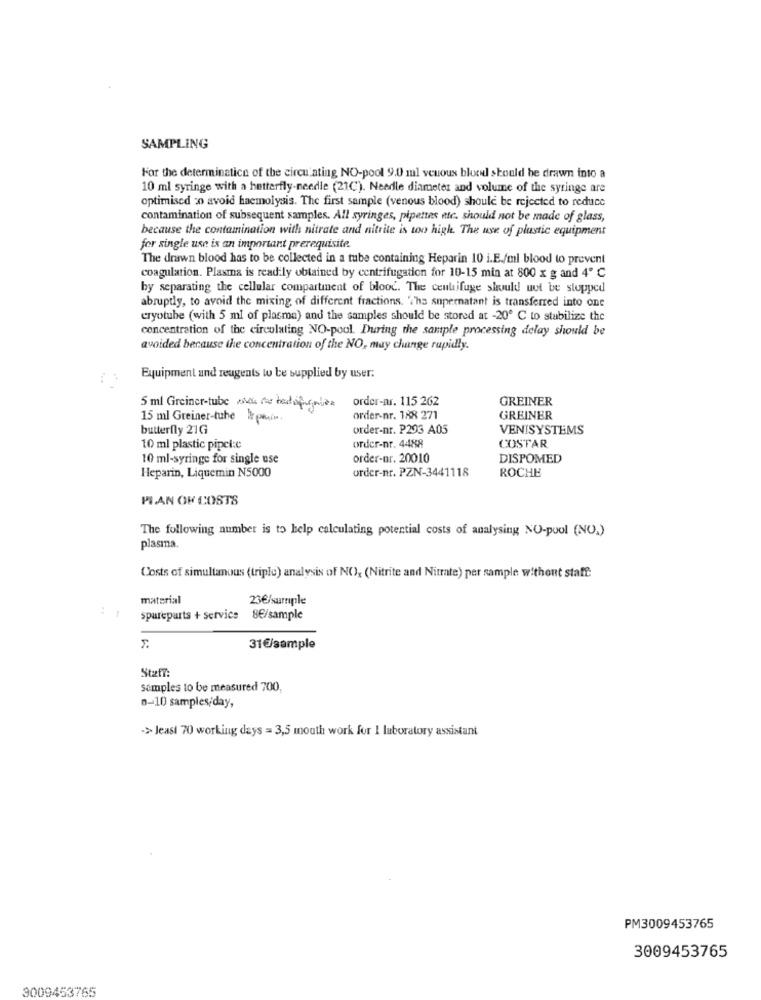
SAMPLING
For the determinatice of the circu ating NO-pool 9.0 ml venous blood should be drawn into a
10 ml syringe with a butterfly-needle (21C). Needle diameter and volume of the syringe are
optimised :0 avoid haemolysis. The first sample (venous blood) should be rejected to reduce
contamination of subsequent samples. All syringes, pipettes etc. should not be made of glass,
because the contamination with nitrate and nitrite is too high. The use of plastic equipment
for single use is an important prerequisite
The drawn blood has to be collected in a tube containing Heparin 10 i.E./ml blood to prevent
coagulation. Plasma is readily obtained by centrifugation for 10-15 min at 800 x g and 4 ℃
by separating the cellular compartment of blood. The centrifuge should not be stopped
abruptly, to avoid the mixing of different fractions. 'Ths supernatant is transferred into one
cryotube (with 5 ml of plasma) and the samples should be stored at -20º C to stabilize the
concentration of the circulating NO-pool. During the sample processing delay should be
avoided because the concentration of the NO, may change rapidly.
Equipment and reagents to be supplied by user:
GREINER
5 ml Greiner-tube andis for hadofugees order-mu. 115 262
15 ml Greiner-tuhe be plain.
order-nr. 188 271
GREINER
butterfly 21G
order-nr. P293 A05
VENISYSTEMS
COSTAR
10 ml plastic pipcie
order-nr. 4488
10 ml-syringe for single use
order-nr. 20010
DISPOMED
order-nr. PZN-3441118
ROCHE
Heparin, Liquemin N5000
PIAN OF COSTS
The following number is to help calculating potential costs of analysing NO-pool (NO.)
plasma.
Costs of simultanous (triple) analysis of NO), (Nitrite and Nitrate) per sample without staff:
material
23€/sumple
spareparts + service 8€/sample
31€/sample
Staff:
samples to be measured 700,
0-10 samples/day,
-> Jeasi 70 working days = 3,5 mouth work for I laboratory assistant
PM3009453765
3009453765
3009453765